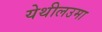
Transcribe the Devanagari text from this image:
येथीलउमा